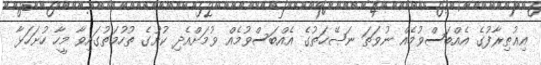
އިޢުތިރާފުގެ އެއްބަސްވުމެއް ނުވަތަ ނަޞޭޙަތުގެ އެއްބަސްވުމެއް ވުމަށްއެދި ކުށުގެ ތުހުމަތުގައިވާ މީހާ ހުށަހަޅާ